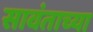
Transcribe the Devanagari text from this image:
सावंताच्या